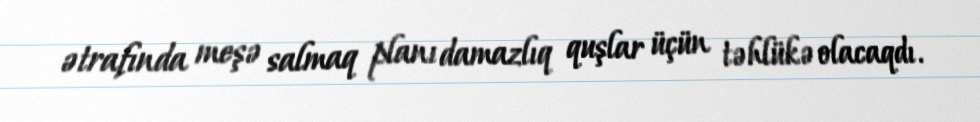
ətrafında meşə salmaq planı damazlıq quşlar üçün təhlükə olacaqdı.